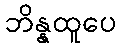
ဘိန္နထူပေ